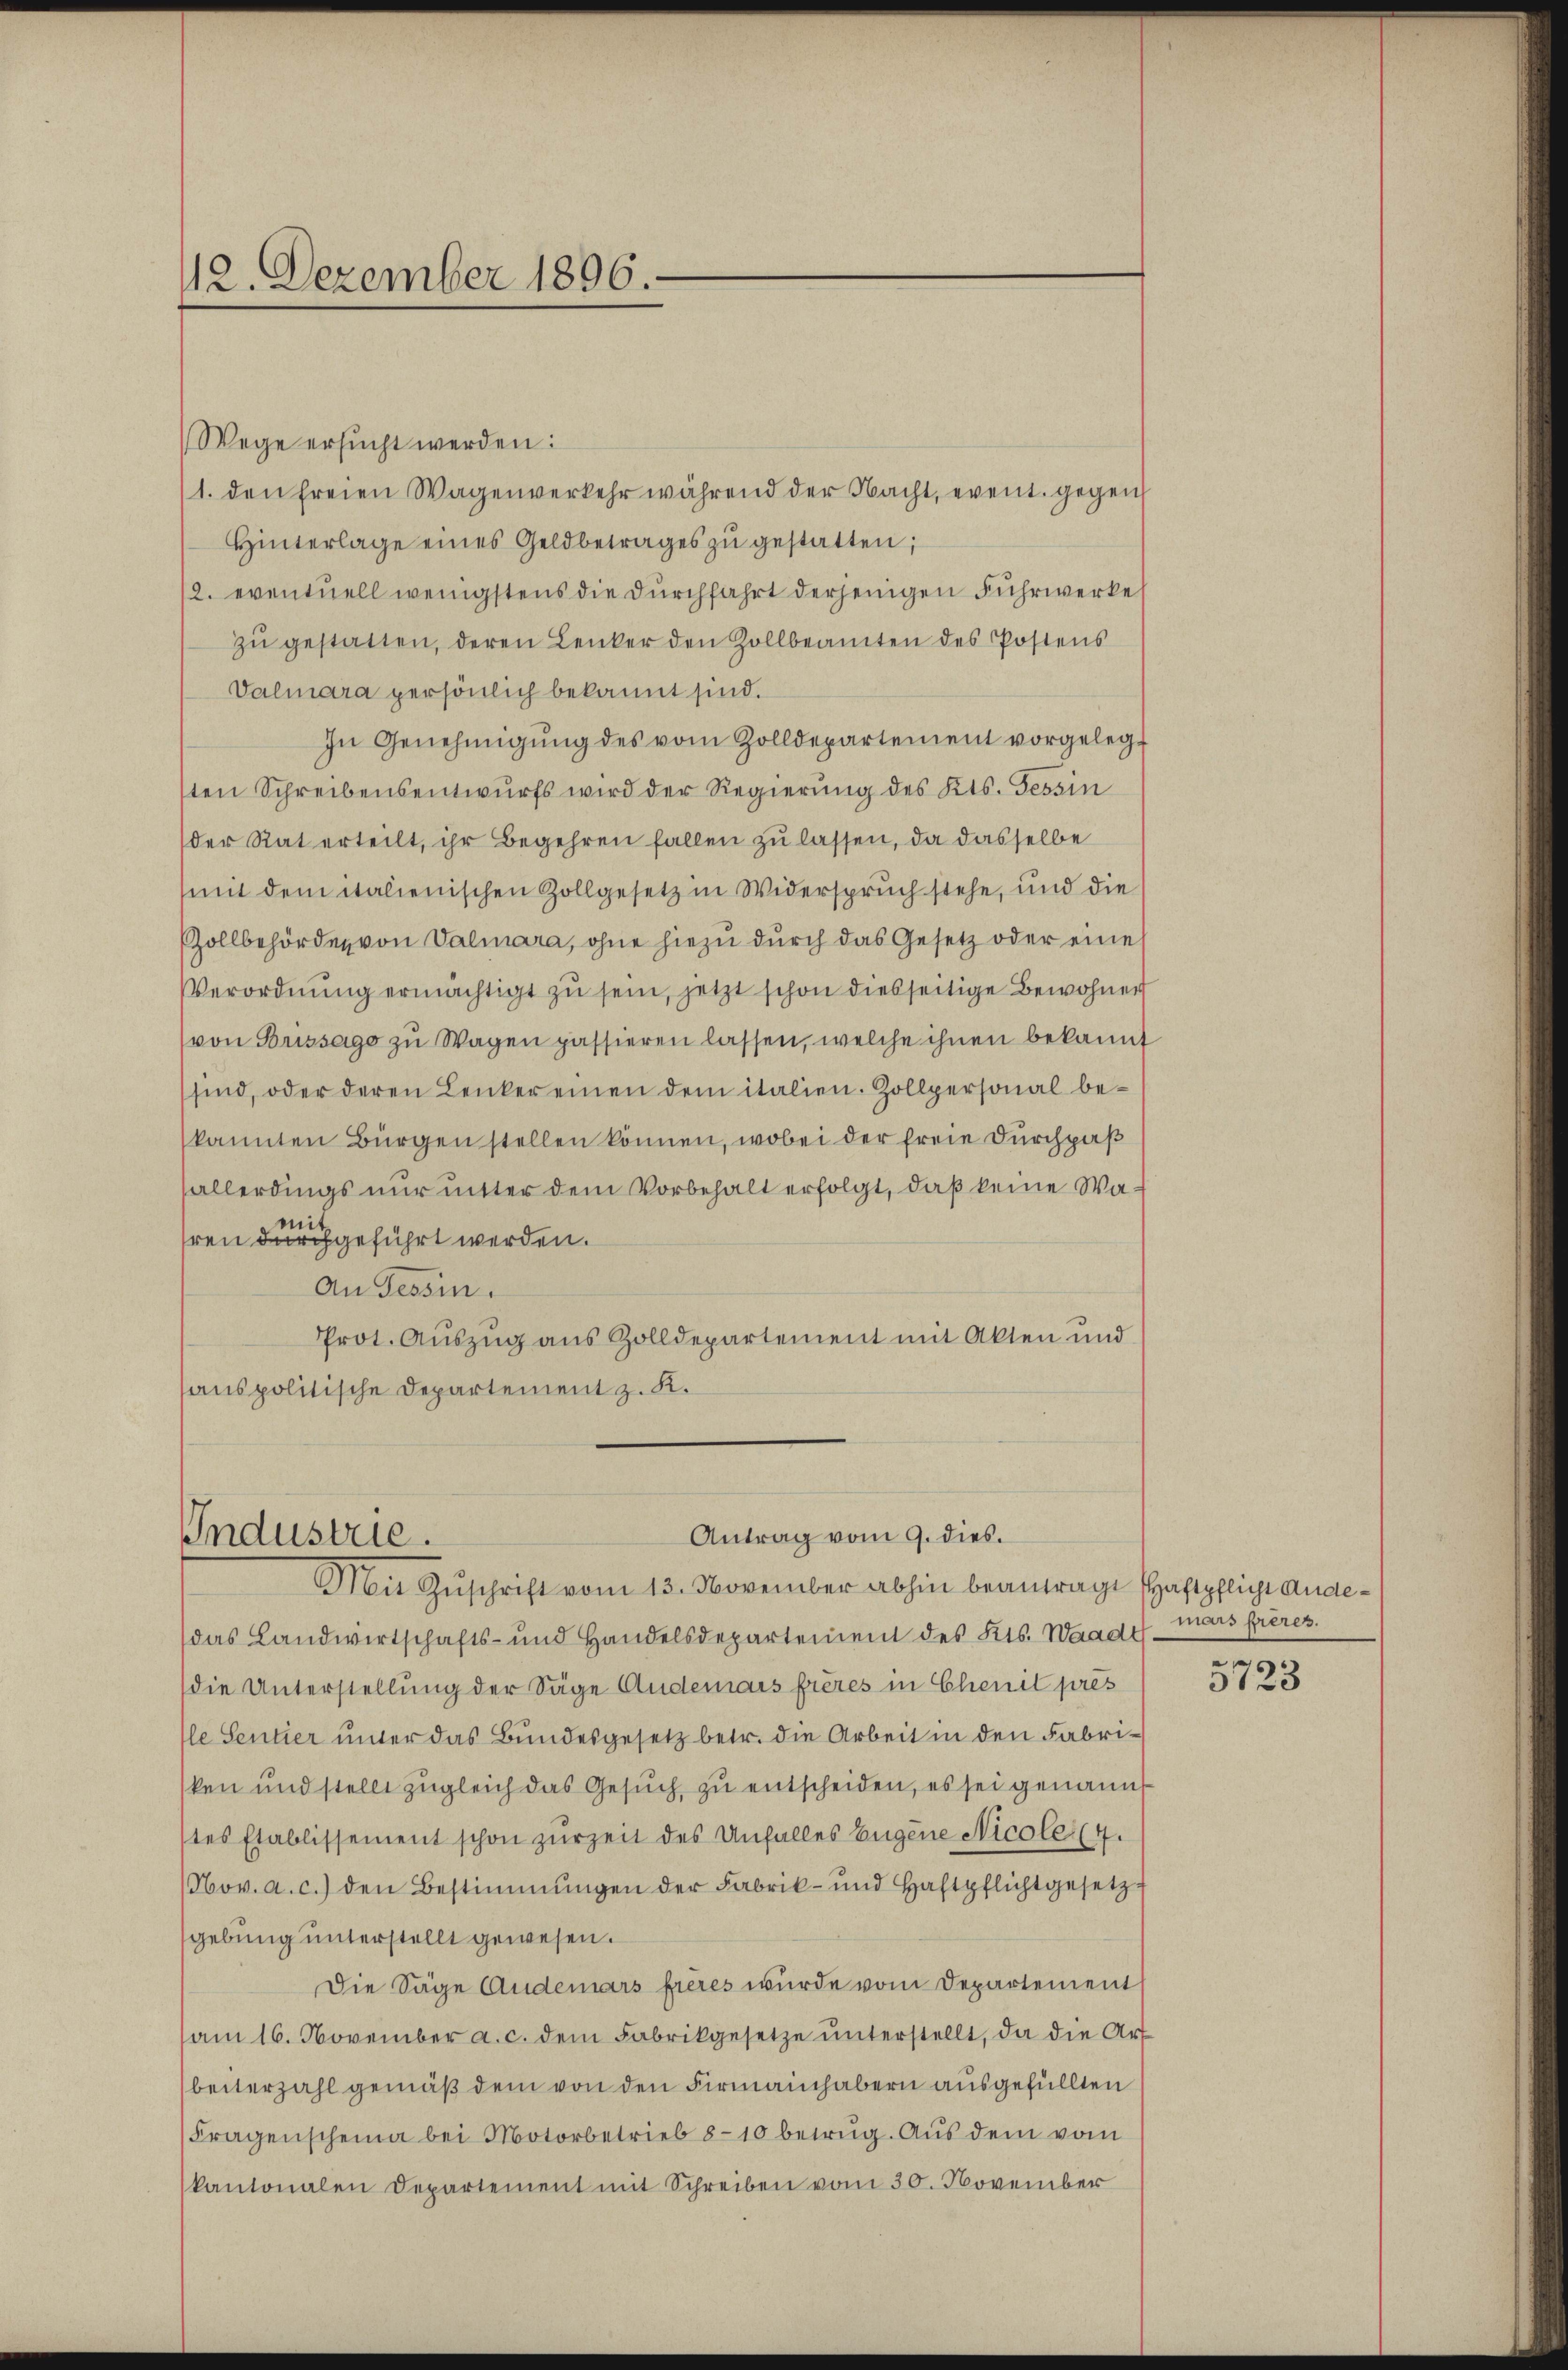
12. Dezember 1896.

Wege ersucht werden:
1. den freien Wagenverkehr während der Nacht, event. gegen
Hinterlage eines Geldbetrages zŭ gestatten;
12. eventuell wenigstens die durchfahrt derjenigen Fuhrwerke
zŭ gestatten, deren Lenker den Zollbeamten des Postens
Valmara persönlich bekannt sind.
In Genehmigŭng des vom Zolldepartement vorgelegt
sten Schreibensentwurfs wird der Regierung des Kts. Tessin
der Rat erteilt, ihr Begehren fallen zu lassen, da dasselbe
mit dem italienischen Zollgesetz in Widerspruch stehe, und die
Zollbehörden von Valmara, ohne hiezu durch das Gesetz oder eine
Verordnŭng ermächtigt zŭ sein, jetzt schon diesseitige Bewohner
von Brissago zu Wagen passieren lassen, welche ihnen bekannt
sind, oder deren Lenker einen dem italien. Zollpersonal bekannten Bürgen stellen können, wobei der freie Durchpaß
allerdings nur unter dem Vorbehalt erfolgt, daß keine Wami
hren durchgeführt werden.
An Tessin.
Prot. Auszug aus Zolldepartement mit Akten und
sanspolitische Departement z. K.

Antrag vom 9. dies.
Industrie.
Mit Zŭschrift vom 13. November abhin beantragt Haftpflicht Ande¬

das Landwirtschafts- und Handelsdepartement des Kts. Waadt
die Unterstellung der Säge Anderars frères in Chenit prés
le Sentier unter das Bundesgesetz betr. die Arbeit in den Fabrisken und stellt zugleich das Gesŭch zu entscheiden, es sei genannt
tes Etablissement schon zurzeit des Unfalles Eugene Nicole (4.
(Nov. a. c.) den Bestimmungen der Fabrik- und Haftpflichtgesetz
gebung unterstellt gewesen.
Die Säge Anderars frères wurde vom Departement
am 16. November a. c. dem Fabrikgesetze unterstellt, da die Art
beiterzahl gemäß dem von den Firmainhabern ausgefüllten
Fragenscheina bei Motorbetrieb 8-10 betrug. Aus dem vom
kantonalen Departement mit Schreiben vom 30. November

mais preres.
5723